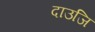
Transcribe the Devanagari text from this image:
दाउजि